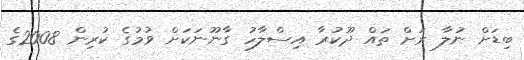
ބިޑަށް ނުލާ ރަށް ތައް ދޫކުރާ އިސްލާހު ގާނޫނަކަށް ވުމުގެ ކުރިން 2008ގެ